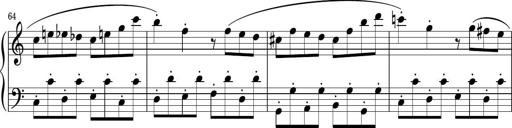
Title: Sonatina PandemÃ³nium
Composer: VÃ­ctor Carbajo
Key: C major